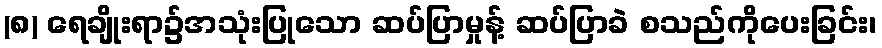
(၈) ရေချိုးရာ၌အသုံးပြုသော ဆပ်ပြာမှုန့် ဆပ်ပြာခဲ စသည်ကိုပေးခြင်း၊